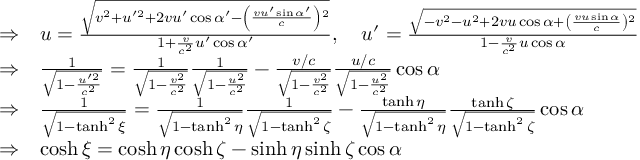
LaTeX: \begin{array} { l l } { \Rightarrow } & { u = { \frac { \sqrt { v ^ { 2 } + u ^ { \prime 2 } + 2 v u ^ { \prime } \cos \alpha ^ { \prime } - \left( { \frac { v u ^ { \prime } \sin \alpha ^ { \prime } } { c } } \right) { } ^ { 2 } } } { 1 + { \frac { v } { c ^ { 2 } } } u ^ { \prime } \cos \alpha ^ { \prime } } } , \quad u ^ { \prime } = { \frac { \sqrt { - v ^ { 2 } - u ^ { 2 } + 2 v u \cos \alpha + \left( { \frac { v u \sin \alpha } { c } } \right) { } ^ { 2 } } } { 1 - { \frac { v } { c ^ { 2 } } } u \cos \alpha } } } \\ { \Rightarrow } & { { \frac { 1 } { \sqrt { 1 - { \frac { u ^ { \prime 2 } } { c ^ { 2 } } } } } } = { \frac { 1 } { \sqrt { 1 - { \frac { v ^ { 2 } } { c ^ { 2 } } } } } } { \frac { 1 } { \sqrt { 1 - { \frac { u ^ { 2 } } { c ^ { 2 } } } } } } - { \frac { v / c } { \sqrt { 1 - { \frac { v ^ { 2 } } { c ^ { 2 } } } } } } { \frac { u / c } { \sqrt { 1 - { \frac { u ^ { 2 } } { c ^ { 2 } } } } } } \cos \alpha } \\ { \Rightarrow } & { { \frac { 1 } { \sqrt { 1 - \operatorname { t a n h } ^ { 2 } \xi } } } = { \frac { 1 } { \sqrt { 1 - \operatorname { t a n h } ^ { 2 } \eta } } } { \frac { 1 } { \sqrt { 1 - \operatorname { t a n h } ^ { 2 } \zeta } } } - { \frac { \operatorname { t a n h } \eta } { \sqrt { 1 - \operatorname { t a n h } ^ { 2 } \eta } } } { \frac { \operatorname { t a n h } \zeta } { \sqrt { 1 - \operatorname { t a n h } ^ { 2 } \zeta } } } \cos \alpha } \\ { \Rightarrow } & { \cosh \xi = \cosh \eta \cosh \zeta - \sinh \eta \sinh \zeta \cos \alpha } \end{array}